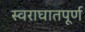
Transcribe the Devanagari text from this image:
स्वराघातपूर्ण